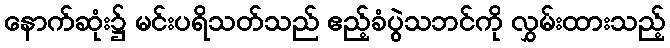
နောက်ဆုံး၌ မင်းပရိသတ်သည် ဧည့်ခံပွဲသဘင်ကို လွှမ်းထားသည့်